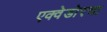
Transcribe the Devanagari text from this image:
एक्वेडोरचा